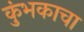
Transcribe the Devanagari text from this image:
कुंभकाचा